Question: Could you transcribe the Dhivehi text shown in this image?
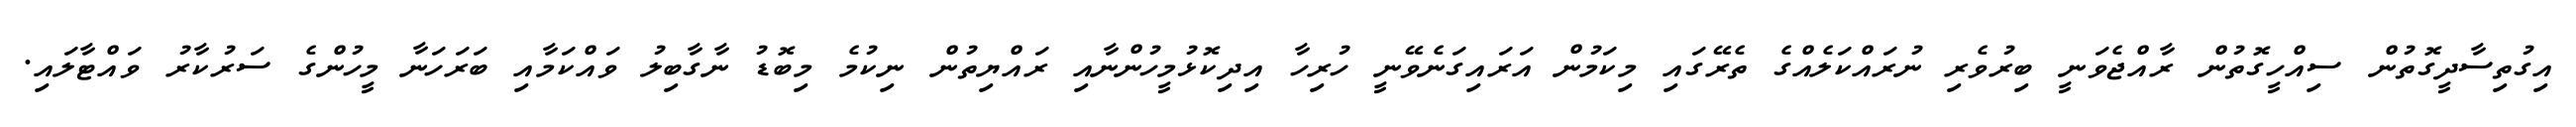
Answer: އިގުތިސާދީގޮތުން ސިއްހީގޮތުން ރާއްޖެވަނީ ބިރުވެރި ނުރައްކަލެއްގެ ތެރޭގައި މިކަމުން އަރައިގަނެވޭނީ ހުރިހާ އިދިކޮޅުމީހުންނާއި ރައްޔިތުން ނިކުމެ މިބޮޑު ނާގާބިލު ވައްކަމާއި ބަރަހަނާ މީހުންގެ ސަރުކާރު ވައްޓާލައި.